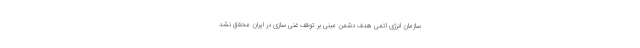
سازمان انرژی اتمی هدف دشمن مبنی بر توقف غنی سازی در ایران محقق نشد